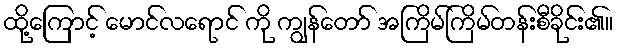
ထို့ကြောင့် မောင်လရောင် ကို ကျွန်တော် အကြိမ်ကြိမ်တန်းစီခိုင်း၏။